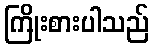
ကြိုးစားပါသည်